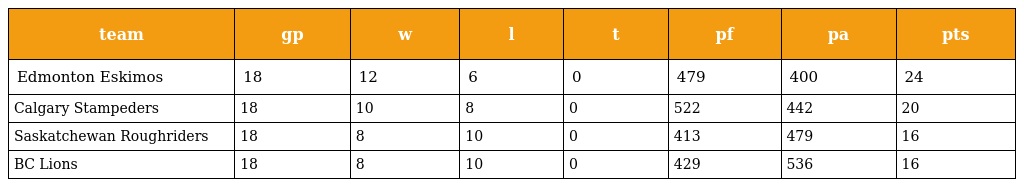
| team | gp | w | l | t | pf | pa | pts |
 | --- | --- | --- | --- | --- | --- | --- | --- |
 | Edmonton Eskimos | 18 | 12 | 6 | 0 | 479 | 400 | 24 |
 | Calgary Stampeders | 18 | 10 | 8 | 0 | 522 | 442 | 20 |
 | Saskatchewan Roughriders | 18 | 8 | 10 | 0 | 413 | 479 | 16 |
 | BC Lions | 18 | 8 | 10 | 0 | 429 | 536 | 16 |